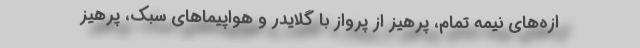
ازه‌های نیمه تمام، پرهیز از پرواز با گلایدر و هواپیماهای سبک، پرهیز